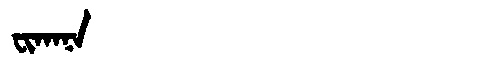
Manchu: ᠸᡳᡴᠠᠨᠠ
Romanization: FIKANA